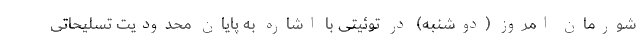
شورمان امروز (دوشنبه) در توئیتی با اشاره به پایان محدودیت تسلیحاتی